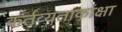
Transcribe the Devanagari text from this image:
कर्तव्यताकांक्षा